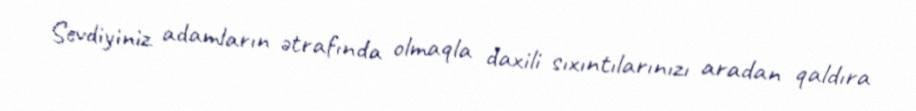
Sevdiyiniz adamların ətrafında olmaqla daxili sıxıntılarınızı aradan qaldıra